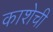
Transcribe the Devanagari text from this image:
काशेची